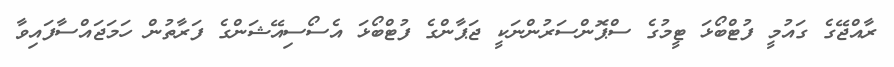
ރާއްޖޭގެ ގައުމީ ފުޓްބޯޅަ ޓީމުގެ ސްޕޮންސަރުންނަކީ ޖަޕާންގެ ފުޓްބޯޅަ އެސޯސިއޭޝަންގެ ފަރާތުން ހަމަޖައްސާފައިވާ